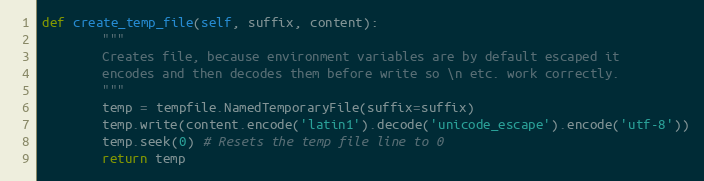
Language: Python
def create_temp_file(self, suffix, content):
        """
        Creates file, because environment variables are by default escaped it
        encodes and then decodes them before write so \n etc. work correctly.
        """
        temp = tempfile.NamedTemporaryFile(suffix=suffix)
        temp.write(content.encode('latin1').decode('unicode_escape').encode('utf-8'))
        temp.seek(0) # Resets the temp file line to 0
        return temp